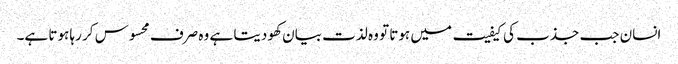
انسان جب جذب کی کیفیت میں ہوتا تو وہ لذت بیان کھو دیتا ہے وہ صرف محسوس کر رہا ہوتا ہے۔